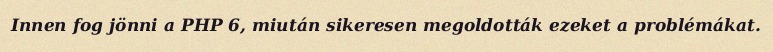
Innen fog jönni a PHP 6, miután sikeresen megoldották ezeket a problémákat.